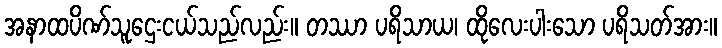
အနာထပိဏ်သူဌေးငယ်သည်လည်း။ တဿာ ပရိသာယ၊ ထိုလေးပါးသော ပရိသတ်အား။